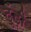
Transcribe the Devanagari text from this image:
ढूंढ़ी